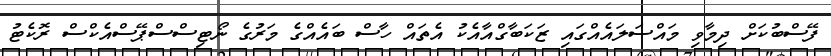
ފޭސްބުކަށް ދިމާވި މައްސަލައެއްގައި ޒަކަބާގްއާއެކު އެތައް ހާސް ބައެއްގެ މަރުގެ ނޯޓިސްސްޕޭސްއެކްސް ރޮކެޓު